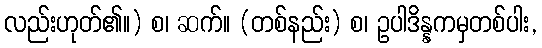
လည်းဟုတ်၏။) စ၊ ဆက်။ (တစ်နည်း) စ၊ ဥပါဒိန္နကမှတစ်ပါး,